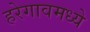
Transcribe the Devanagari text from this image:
हरेगावमध्ये